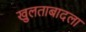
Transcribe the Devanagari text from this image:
खुलताबादला